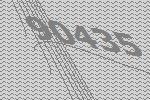
90435